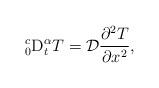
LaTeX: \begin{align*}{}_{0}^{c}\mathrm{D}_{t}^{\alpha }T=\mathcal{D}\frac{\partial ^{2}T}{\partial x^{2}}, \end{align*}